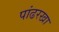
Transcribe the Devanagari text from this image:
पांढरखा